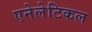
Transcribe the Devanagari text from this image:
एनेलेटिकल